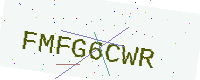
Text: FMFG6CWR